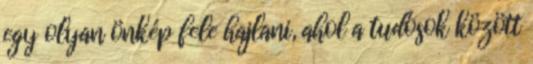
egy olyan önkép fele hajlani, ahol a tudósok között